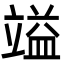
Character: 𮄷